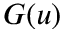
G ( u )